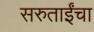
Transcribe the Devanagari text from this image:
सरुताईंचा